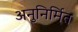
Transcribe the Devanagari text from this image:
अनुनिर्मित